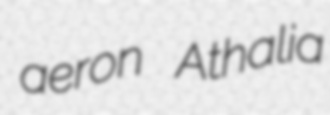
aeron Athalia